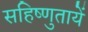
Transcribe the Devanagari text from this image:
सहिष्णुतायें